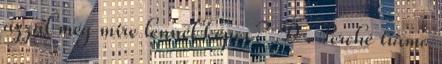
azzal még mire lennél képes? :D . Perché tiamo